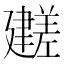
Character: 𫸕